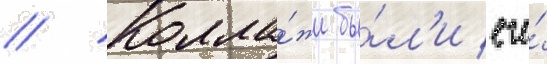
// Колла́жи бы́л'и его́